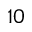
1 0